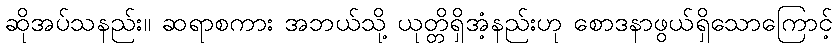
ဆိုအပ်သနည်း။ ဆရာစကား အဘယ်သို့ ယုတ္တိရှိအံ့နည်းဟု စောဒနာဖွယ်ရှိသောကြောင့်